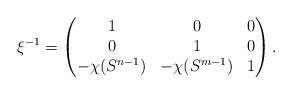
LaTeX: \begin{align*}\xi^{-1}=\begin{pmatrix}1 & 0 & 0 \\0 & 1 & 0 \\-\chi(S^{n-1}) & -\chi(S^{m-1}) & 1\end{pmatrix} .\end{align*}